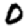
Digit: 0